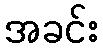
အခင်း